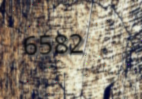
6582